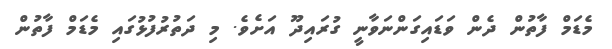
މެޑަމް ފާތުން ދެން ވަޑައިގަންނަވާނީ ގުރައިދޫ އަށެވެ. މި ދަތުރުފުޅުގައި މެޑަމް ފާތުން